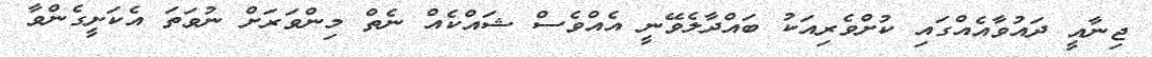
ޖިނާއީ ދައުވާއެއްގައި ކުށްވެރިއަކު ބައްދާލެވޭނީ އެއްވެސް ޝައްކެއް ނެތް މިންވަރަށް ނުވަތަ އެކަށީގެންވާ